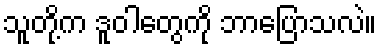
သူတို့က ဒူဝါတွေကို ဘာပြောသလဲ။